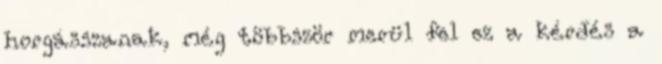
horgásszanak, még többször merül fel ez a kérdés a